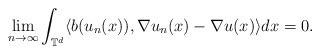
LaTeX: \begin{align*}\lim_{n\rightarrow\infty}\int_{\mathbb{T}^d} \langle b(u_n(x)), \nabla u_n(x) - \nabla u(x)\rangle dx = 0 .\end{align*}